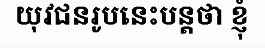
យុវជនរូបនេះបន្តថា ខ្ញុំ